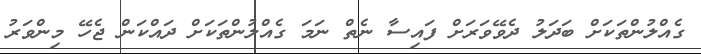
ގެއްލުންތަކަށް ބަދަލު ދެވޭވަރަށް ފައިސާ ނެތް ނަމަ ގެއްލުންތަކަށް ދައްކަން ޖެހޭ މިންވަރު